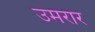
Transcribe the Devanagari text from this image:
उमरार